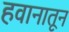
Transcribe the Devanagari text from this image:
हवानातून